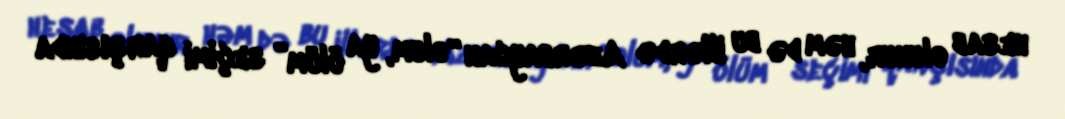
hesab olunur, həm də bu illərdə Azərbaycan “olum, ya ölüm” seçimi qarşısında